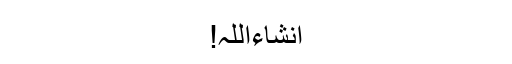
انشاءاللہ!